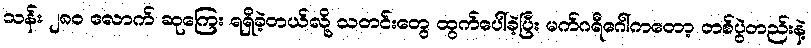
သန်း ၂၈၀ လောက် ဆုကြေး ရရှိခဲ့တယ်လို့ သတင်းတွေ ထွက်ပေါ်ခဲ့ပြီး မက်ဂရီဂေါ်ကတော့ တစ်ပွဲတည်းနဲ့